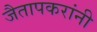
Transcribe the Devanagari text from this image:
जैतापकरांनी